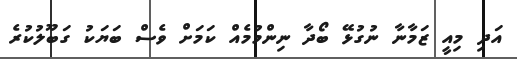
އަދި މިއީ ޒަމާނާ ނުގުޅޭ ބޯދާ ނިންމުމެއް ކަމަށް ވެސް ބަޔަކު ގަބޫލުކުރެ